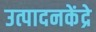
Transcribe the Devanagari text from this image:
उत्पादनकेंद्रे